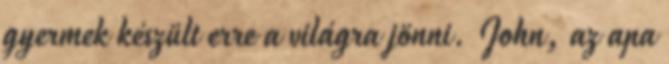
gyermek készült erre a világra jönni. John, az apa